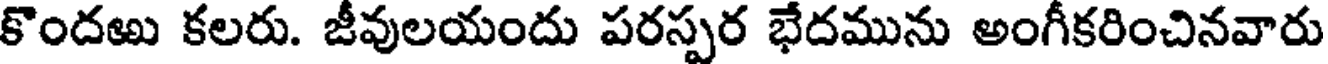
కొందఱు కలరు. జీవులయందు పరస్పర భేదమును అంగీకరించినవారు